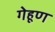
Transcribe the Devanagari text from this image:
गेहूण